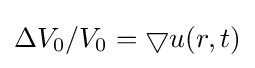
\Delta V_{0}/V_{0}=\bigtriangledown u(r,t)